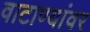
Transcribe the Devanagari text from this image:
वाटाण्यांवर